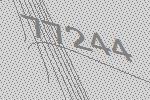
77244